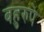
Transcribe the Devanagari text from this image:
बहुरुपे